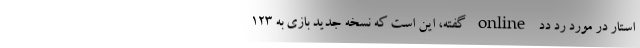
استار در مورد رد دد online گفته‌، این ‌است که نسخه جدید بازی به ۱۲۳